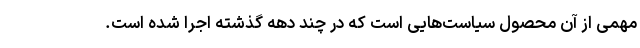
مهمی از آن محصول سیاست‌هایی است که در چند دهه گذشته اجرا شده است.